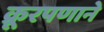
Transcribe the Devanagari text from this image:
क्रूरपणाने